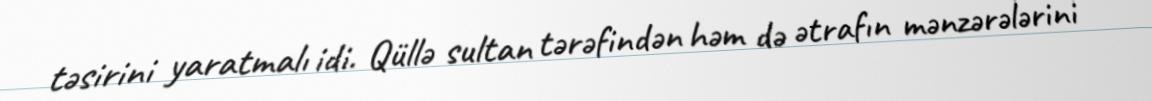
təsirini yaratmalı idi. Qüllə sultan tərəfindən həm də ətrafın mənzərələrini